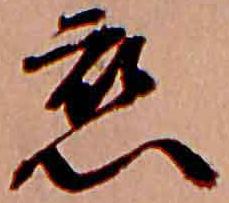
恋